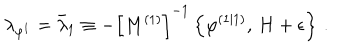
\lambda _ { \varphi ^ { 1 } } = \bar { \lambda } _ { 1 } \equiv - \left[ M ^ { \left( 1 \right) } \right] ^ { - 1 } \left\{ \varphi ^ { \left( 1 | 1 \right) } , \, H + \epsilon \right\} \, .